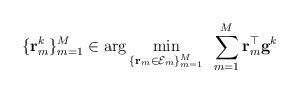
LaTeX: \begin{align*} \{\mathbf{r}_m^k\}_{m=1}^M\in\arg\min_{\{\mathbf{r}_m\in \mathcal{E}_m\}_{m=1}^M}~\sum_{m=1}^M \mathbf{r}_m^{\top} \mathbf{g}^k \end{align*}